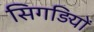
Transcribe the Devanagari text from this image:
सिगड़ियों